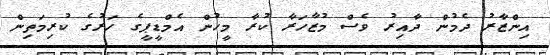
އިންޒާރު ދެމުން ދާއިރު ވެސް މުޒާހަރާ ކުރާ މީހުން އެމްޑީޕީގެ ހަރުގެ ކުރިމަތިން